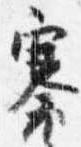
褰